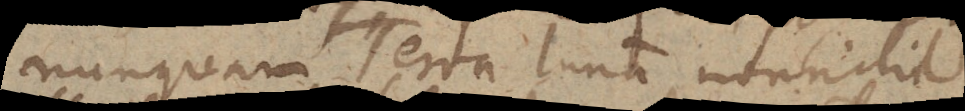
nunquam Terra Lunam nonnihil